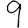
Digit: 9